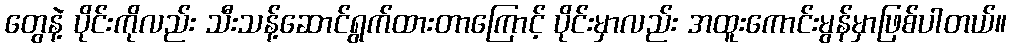
တွေနဲ့ ပိုင်းကိုလည်း သီးသန့်ဆောင်ရွက်ထားတာကြောင့် ပိုင်းမှာလည်း အထူးကောင်းမွန်မှာဖြစ်ပါတယ်။